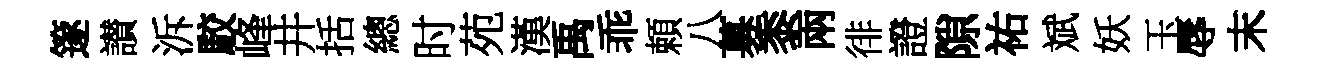
篴讃泝駮峰井括總时苑漢禹乖頼八募黍兩徘證隙祐斌妖玉辱末